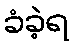
ခံခဲ့ရ